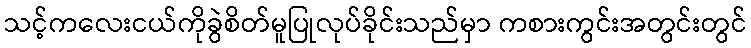
သင့်ကလေးငယ်ကိုခွဲစိတ်မူပြုလုပ်ခိုင်းသည်မှာ ကစားကွင်းအတွင်းတွင်